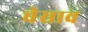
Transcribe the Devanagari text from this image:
चेसाव